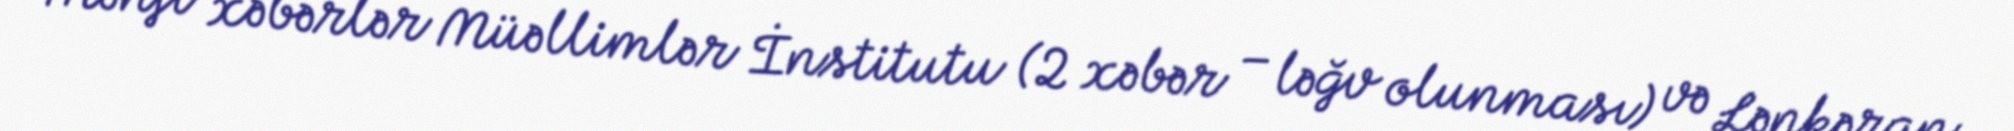
Mənfi xəbərlər Müəllimlər İnstitutu (2 xəbər – ləğv olunması) və Lənkəran